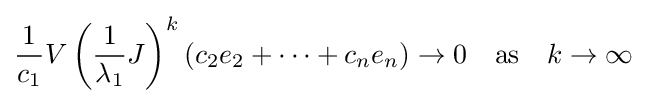
{\frac {1}{c_{1}}}V\left({\frac {1}{\lambda _{1}}}J\right)^{k}\left(c_{2}e_{2}+\cdots +c_{n}e_{n}\right)\to 0\quad {\text{as}}\quad k\to \infty